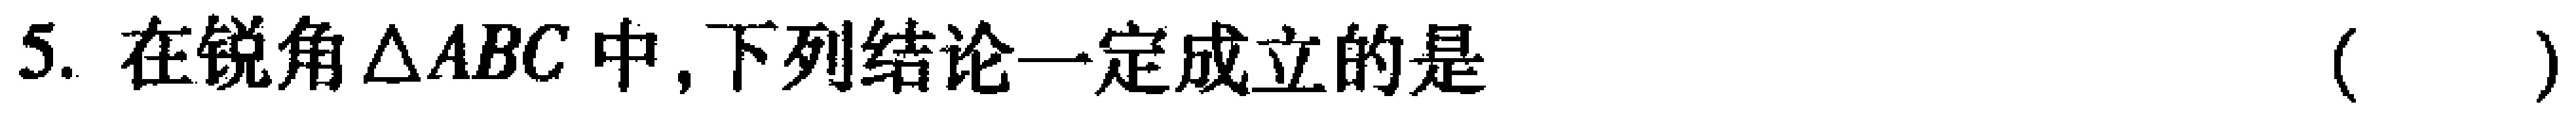
5. 在锐角$\triangle ABC$中,下列结论一定成立的是 （  ）